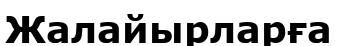
Жалайырларға